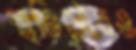
স্মৃতিসৌধও